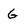
Character: G